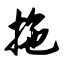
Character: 拖